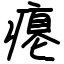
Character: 瘪